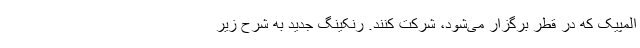
المپیک که در قطر برگزار می‌شود، شرکت کنند. رنکینگ جدید به شرح زیر